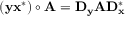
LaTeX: \left( \mathbf { y } \mathbf { x } ^ { * } \right) \circ \mathbf { A } = \mathbf { D } _ { \mathbf { y } } \mathbf { A } \mathbf { D } _ { \mathbf { x } } ^ { * }